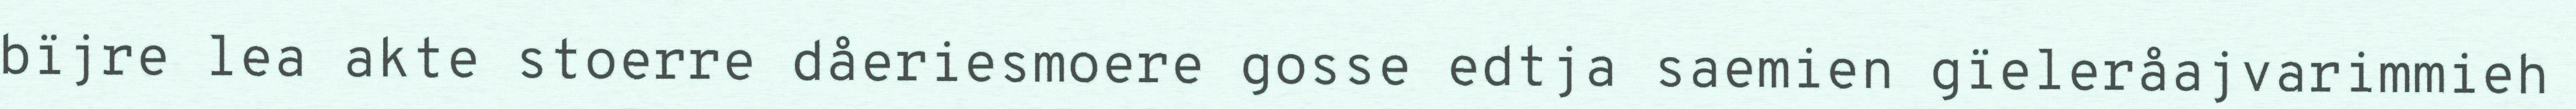
bïjre lea akte stoerre dåeriesmoere gosse edtja saemien gïeleråajvarimmieh